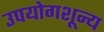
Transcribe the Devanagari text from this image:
उपयोगशून्य